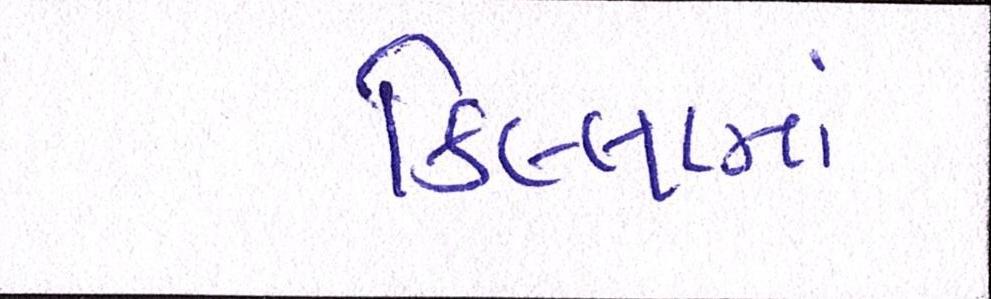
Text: કિલ્લામાં